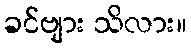
ခင်ဗျား သိလား။